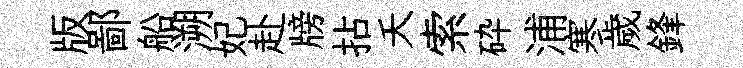
版鄙船溯妃赴牓拈夭索砕浦寒歲鋒